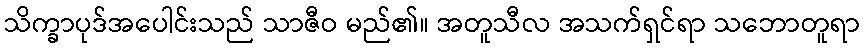
သိက္ခာပုဒ်အပေါင်းသည် သာဇီဝ မည်၏။ အတူသီလ အသက်ရှင်ရာ သဘောတူရာ